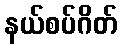
နယ်စပ်ဂိတ်